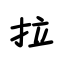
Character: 拉